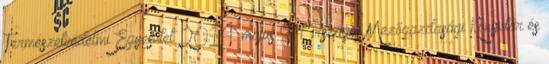
Természetvédelmi Egyesület 2014. május 9. Országos Mezőgazdasági Könyvtár és